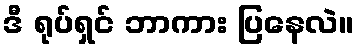
ဒီ ရုပ်ရှင် ဘာကား ပြနေလဲ။